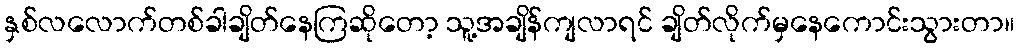
နှစ်လလောက်တစ်ခါချိတ်နေကြဆိုတော့ သူ့အချိန်ကျလာရင် ချိတ်လိုက်မှနေကောင်းသွားတာ။